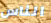
الناس